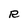
Character: R